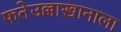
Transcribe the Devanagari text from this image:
फतेउल्लाखानाला